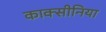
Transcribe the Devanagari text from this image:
काक्सीनिया